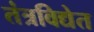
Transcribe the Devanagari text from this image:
तंत्रविद्येत